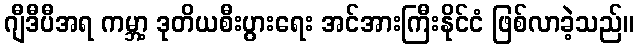
ဂျီဒီပီအရ ကမ္ဘာ့ ဒုတိယစီးပွားရေး အင်အားကြီးနိုင်ငံ ဖြစ်လာခဲ့သည်။